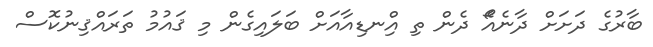
ބާރުގެ ދަށަށް ދާނެއެޯ ދެން ތި އިްނޑިއާއަށް ބަލައިގެން މި ޤައުމު ތަރައްޤިނުކޮސް